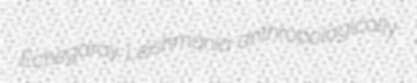
Echegaray Leishmania anthropologically